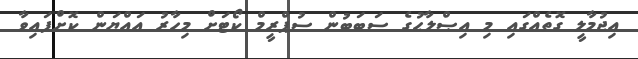
އިޖުމާލީ ގޮތެއްގައި މި އިޞްލާޙުގެ ސަބަބުން ސުޕްރީމް ކޯޓަށް މިހާރު ޢައްޔަން ކޮށްފައިވާ